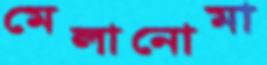
মেলানোমা